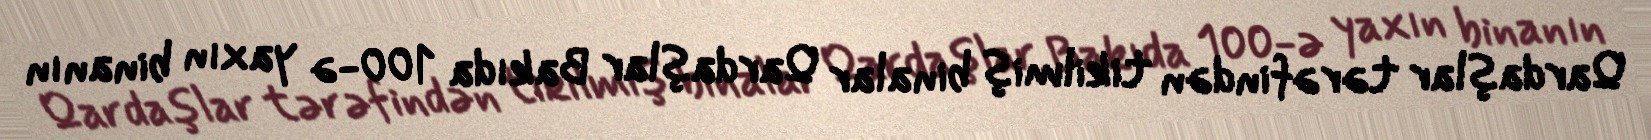
Qardaşlar tərəfindən tikilmiş binalar Qardaşlar Bakıda 100-ə yaxın binanın